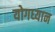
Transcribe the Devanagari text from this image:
योगध्‍यान